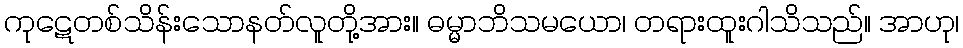
ကုဋေတစ်သိန်းသောနတ်လူတို့အား။ ဓမ္မာဘိသမယော၊ တရားထူးဂါသိသည်။ အာဟု၊